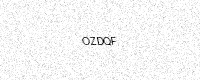
Text: OZDQF